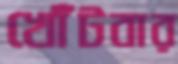
খোঁটবার